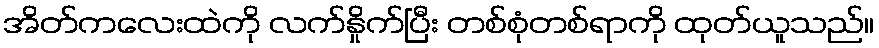
အိတ်ကလေးထဲကို လက်နှိုက်ပြီး တစ်စုံတစ်ရာကို ထုတ်ယူသည်။